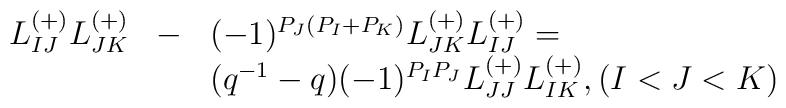
\begin{array}{lll}L_{IJ}^{(+)}L_{JK}^{(+)}&-&(-1)^{P_J(P_I+P_K)}L_{JK}^{(+)}L_{IJ}^{(+)}=\\                    & &(q^{-1}-q)(-1)^{P_IP_J}L_{JJ}^{(+)}L_{IK}^{(+)}, (I<J<K)\end{array}